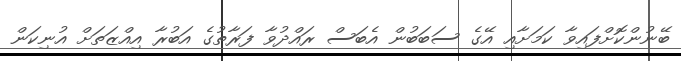
ބޭނުންކޮށްފައިވާ ކަމަށާއި އޭގެ ސަބަބުން އެބަސް ރައްދުވާ ފަރާތުގެ އަބުރާ އިއްޒަތަށް އުނިކަން